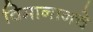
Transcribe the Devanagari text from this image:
विमानानचे